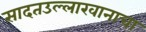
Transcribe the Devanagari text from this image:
सादतउल्लाखानाचा